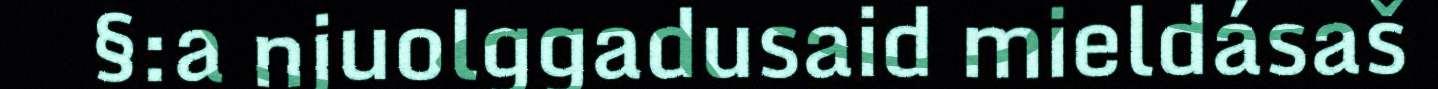
§:a njuolggadusaid mieldásaš